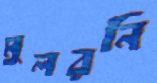
মুলরনি